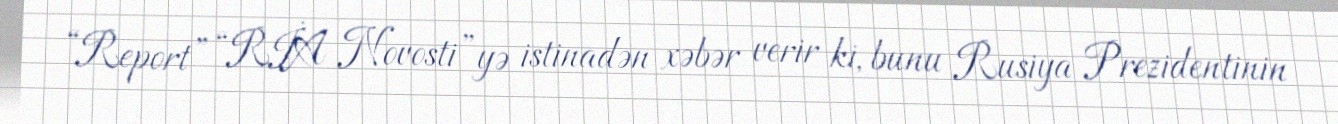
“Report” “RİA Novosti”yə istinadən xəbər verir ki, bunu Rusiya Prezidentinin